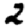
Digit: 2